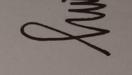
Signature authenticity: genuine